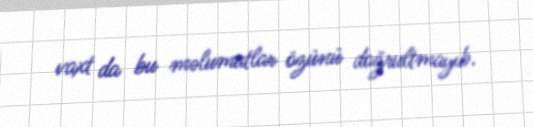
vaxt da bu məlumatlar özünü doğrultmayıb.